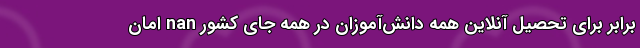
برابر برای تحصیل آنلاین همه‌ دانش‌آموزان در همه جای کشور nan امان